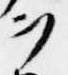
ヲ